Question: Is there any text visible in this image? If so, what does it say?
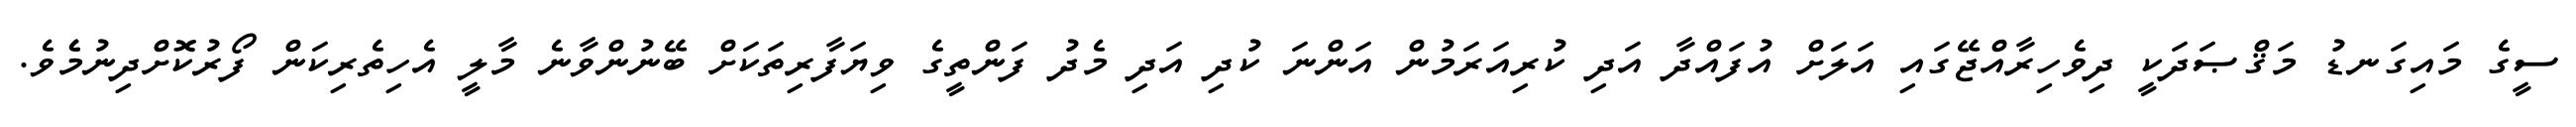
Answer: ސީގެ މައިގަނޑު މަޤްޞަދަކީ ދިވެހިރާއްޖޭގައި އަލަށް އުފައްދާ އަދި ކުރިއަރަމުން އަންނަ ކުދި އަދި މެދު ފަންތީގެ ވިޔަފާރިތަކަށް ބޭނުންވާނެ މާލީ އެހިތެރިކަން ފޯރުކޮށްދިނުމެެވެ.